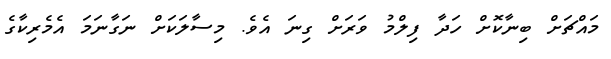
މައްޗަށް ބިނާކޮށް ހަދާ ފިލްމު ވަރަށް ގިނަ އެވެ. މިސާލަކަށް ނަގާނަމަ އެމެރިކާގެ